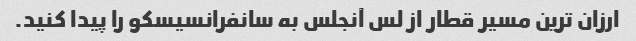
ارزان ترین مسیر قطار از لس آنجلس به سانفرانسیسکو را پیدا کنید.